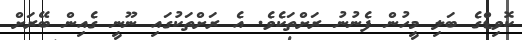
ކޮވިޑްގެ ބަލި މީހުން ފެނުނު ރަށްތަކެވެ. އެ ރަށްތަކުގައި ނޫނީ ގެއިން ބޭރަށް